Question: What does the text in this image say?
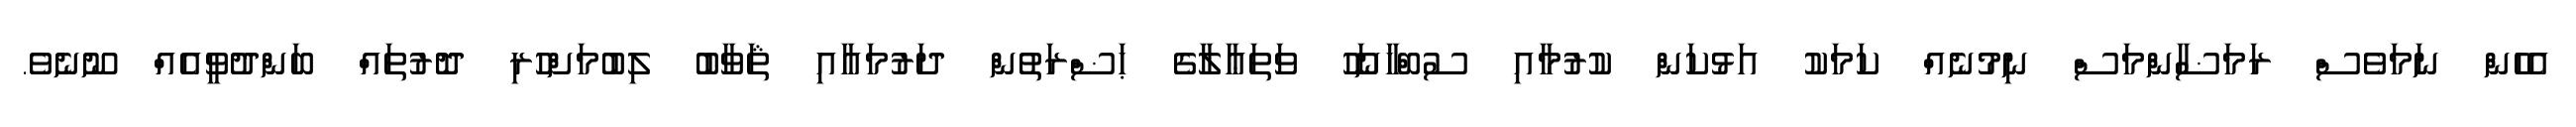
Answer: އެހެން ނަމަވެސް ރަމަޟާންމަސް ނިމުނެއް ކަމަކު އަޅުކަން ކުރުމާއި ސުބްހާނަހޫ ވަތަޢާލާގެ ޙަޟްރަތުން ދަރުމައާއި ޘަވާބު ލިބުމަށްހުރި ދޮރުތައް ބަންދުވީއެއް ނޫނެވެ.